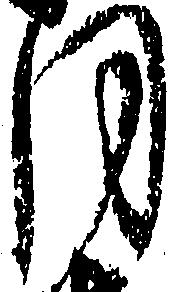
月